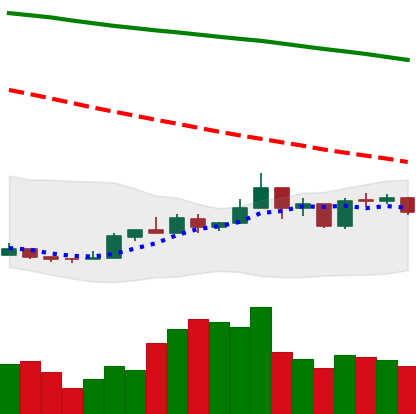
Ticker: NEO-USD
Chart end date: 2018-12-31
Forward return: 4.123%
Label: up_3_5